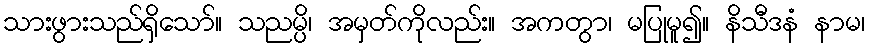
သားဖွားသည်ရှိသော်။ သညမ္ပိ၊ အမှတ်ကိုလည်း။ အကတွာ၊ မပြုမူ၍။ နိသီဒနံ နာမ၊